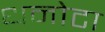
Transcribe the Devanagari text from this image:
धनोटा